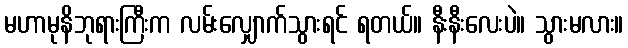
မဟာမုနိဘုရားကြီးက လမ်းလျှောက်သွားရင် ရတယ်။ နီးနီးလေးပဲ။ သွားမလား။